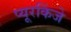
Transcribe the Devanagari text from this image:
प्यूरकिंजे